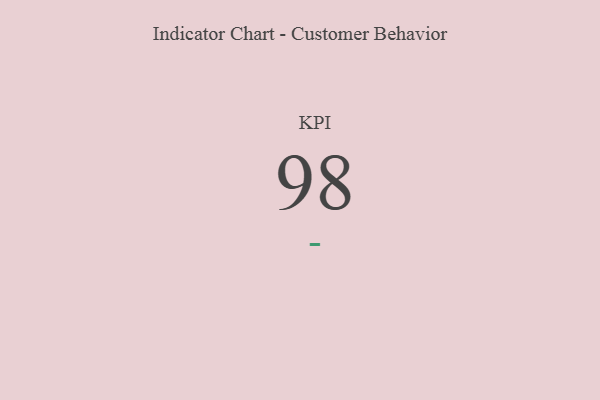
{"axis": {"x": "KPI", "y": "Value"}, "legend": [""], "data": [{"x": "KPI", "y": 98, "type": ""}]}